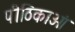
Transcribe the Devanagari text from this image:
पीठिकाओं